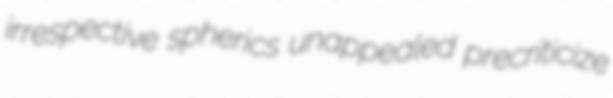
irrespective spherics unappealed precriticize